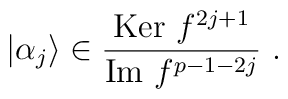
\vert \alpha_j\rangle\in\frac{{\rm Ker}~f^{2j+1}}{{\rm Im}~f^{p-1-2j}}~.